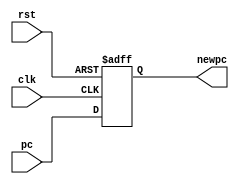
module pc(rst, clk, pc, newpc);
input rst, clk;
input [31:0] pc;
output reg [31:0] newpc;

always@(negedge rst or posedge clk)
begin
if (!rst)
	newpc <= 0 ;
else
	newpc <= pc ;
end

endmodule